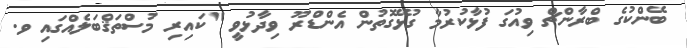
ބޭންކުގެ ބްރާންޗް ވިއުގަ ފުޅާކުރުމާ ގުޅޭގޮތުން އެންޑްރޫ ވިދާޅުވީ "ކައިރި މުސްތަޤްބަލެއްގައި ވ.